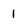
Character: 1